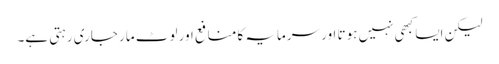
لیکن ایسا کبھی نہیں ہوتا اور سرمایہ کا منافع اور لوٹ مار جاری رہتی ہے۔